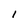
Character: 1